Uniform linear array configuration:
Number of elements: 12
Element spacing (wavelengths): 0.5
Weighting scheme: binomial
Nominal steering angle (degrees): -60
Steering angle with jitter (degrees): -60.096
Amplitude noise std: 0.05
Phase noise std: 0.05

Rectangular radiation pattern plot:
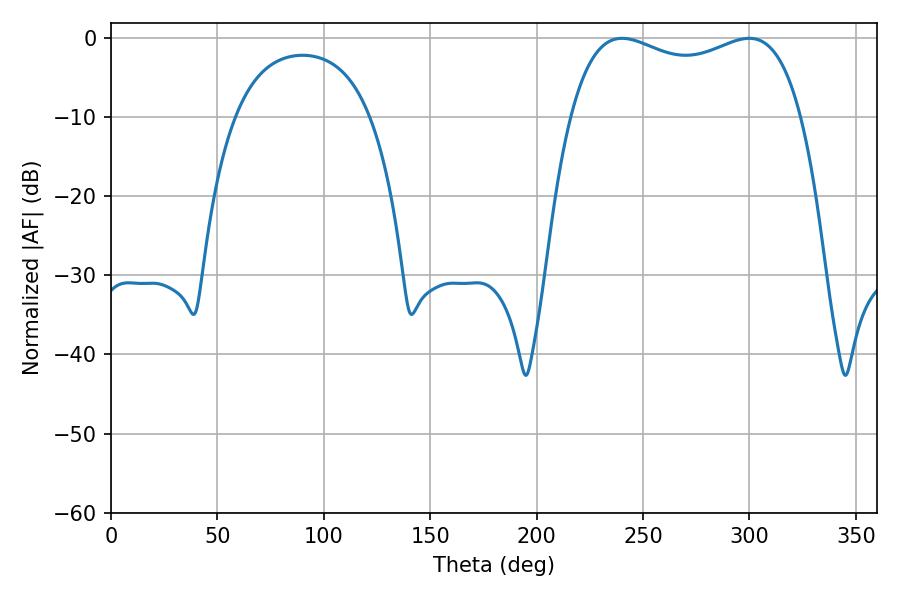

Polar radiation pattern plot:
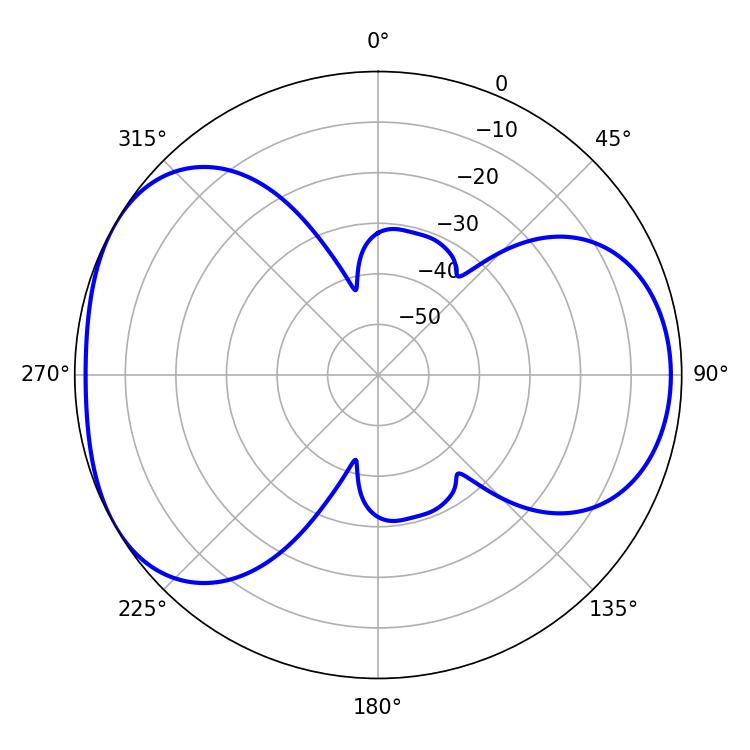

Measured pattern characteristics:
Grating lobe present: FALSE
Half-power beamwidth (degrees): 89.28
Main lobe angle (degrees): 240.12